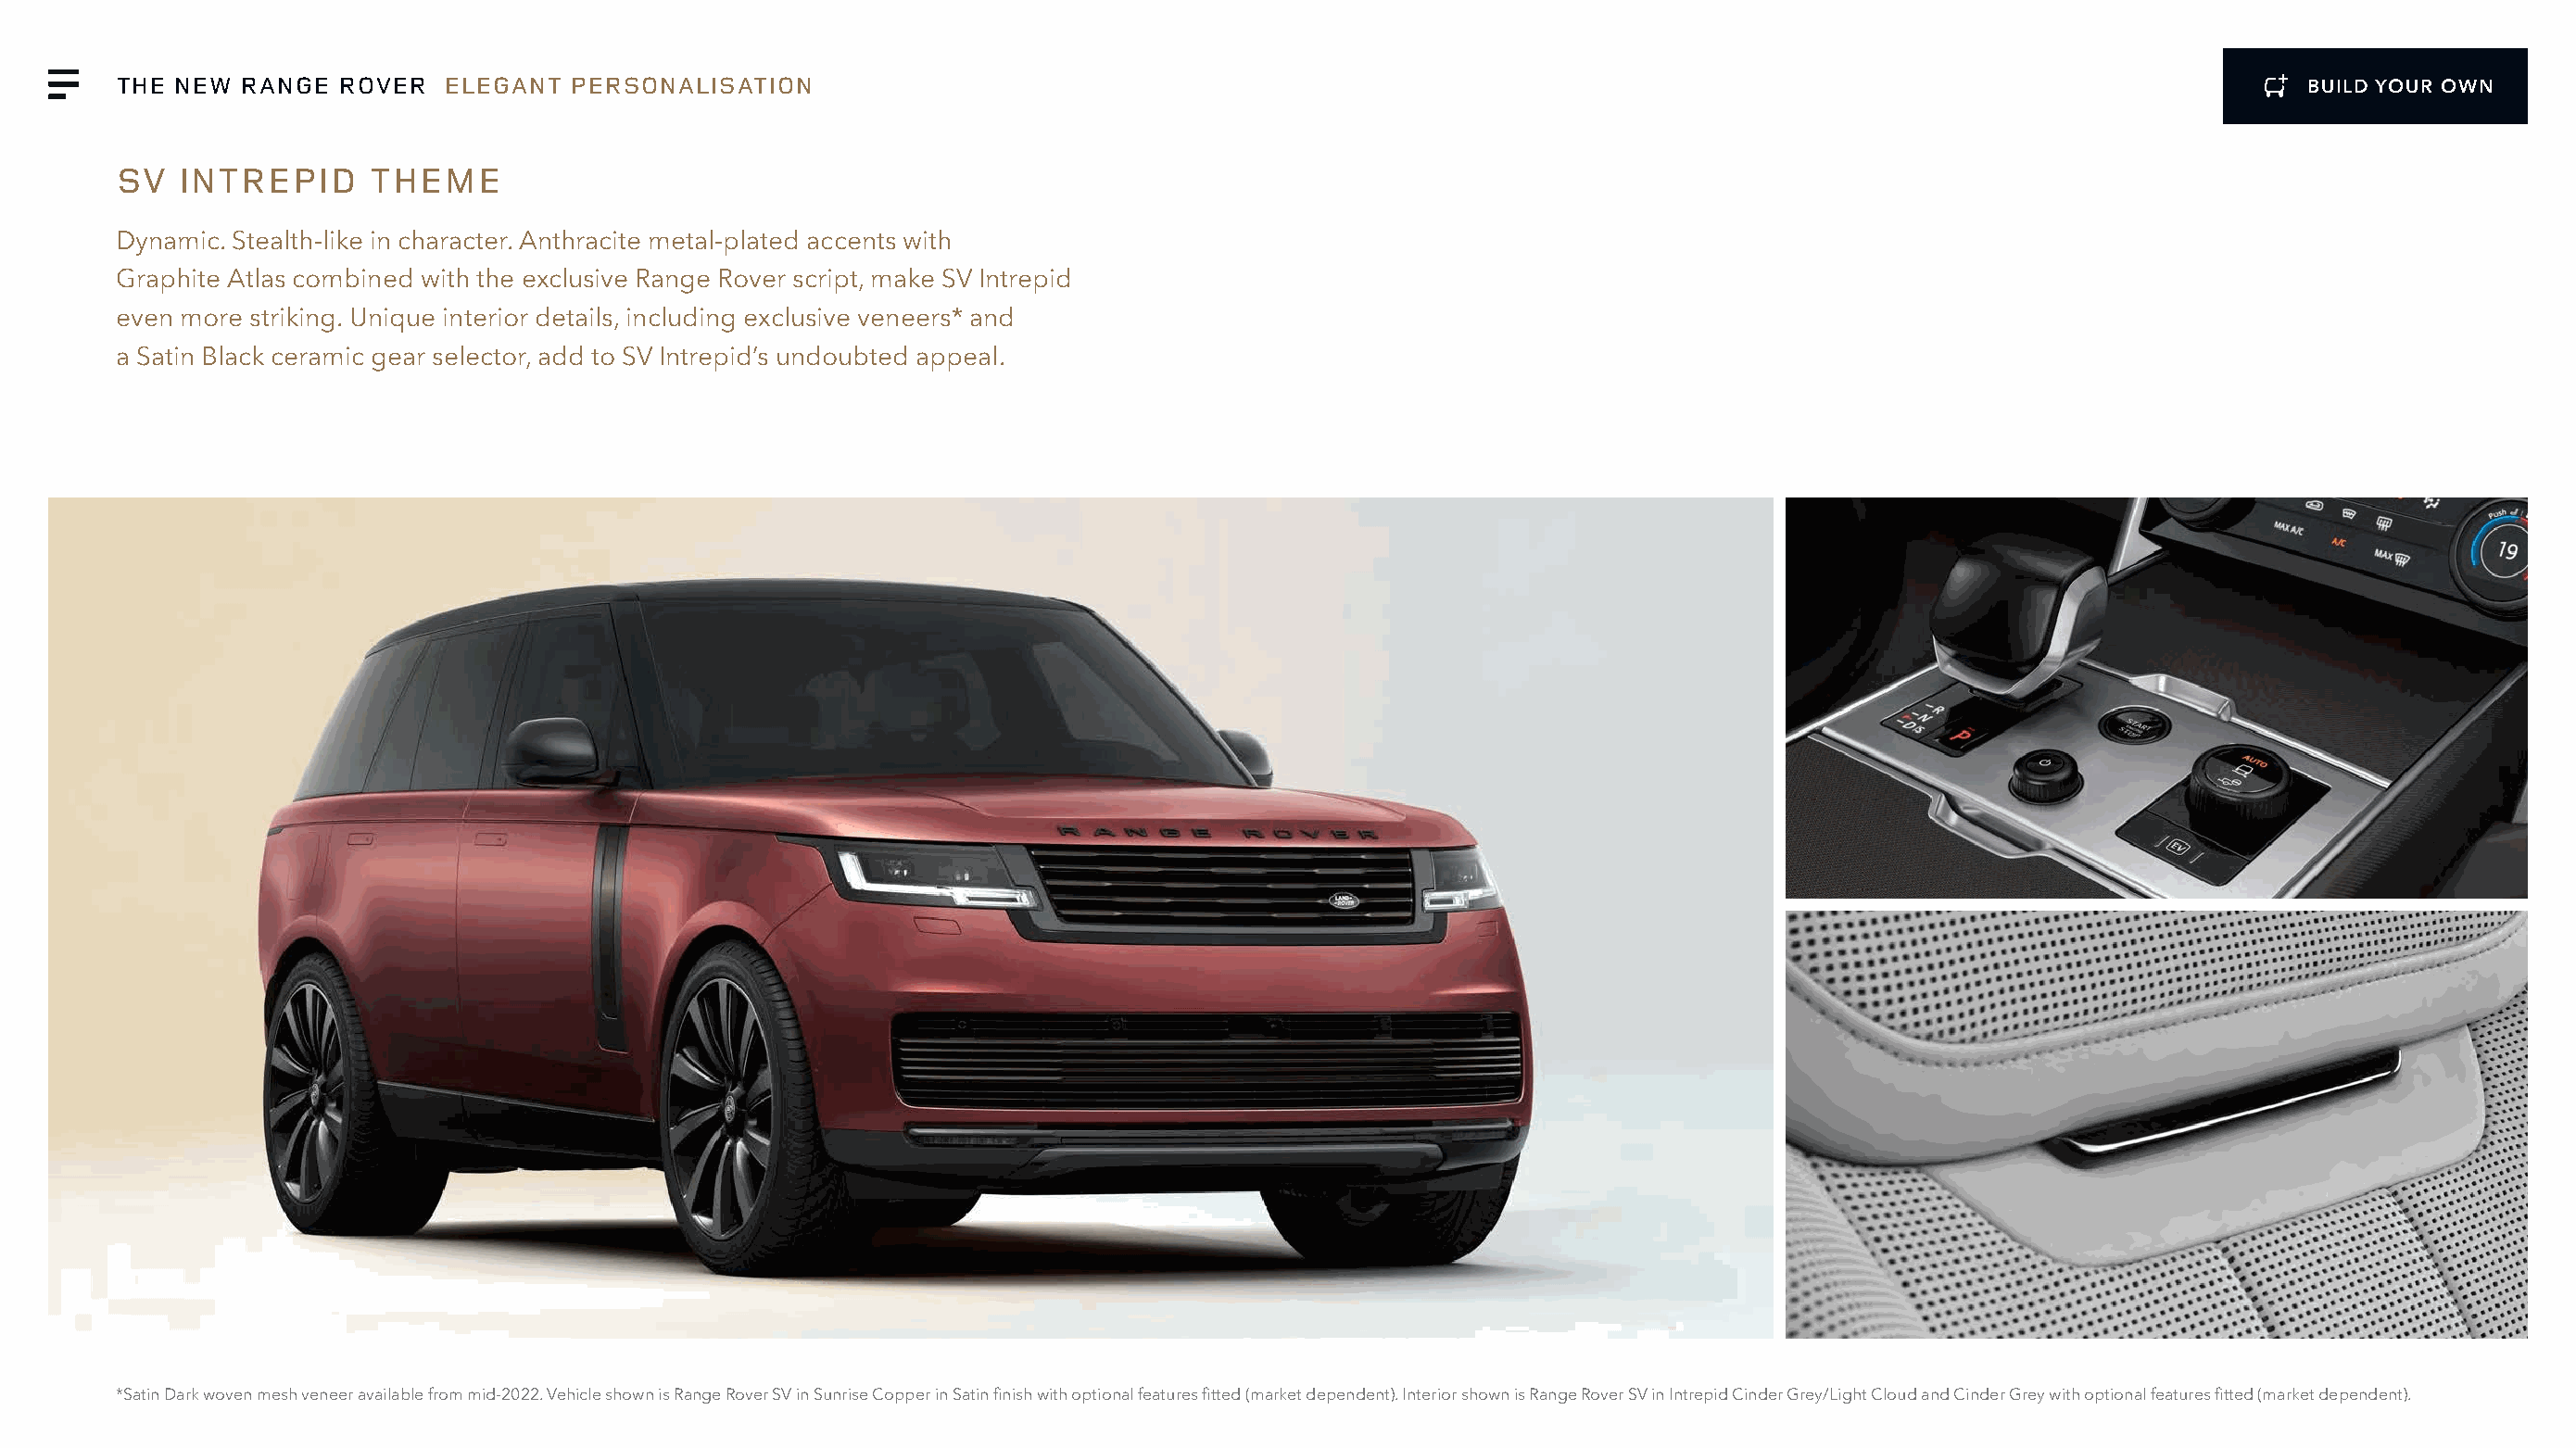
THE NEW  RANGE  ROVER   ELEGANT  PERSONALISATION                                                                                                             BUILD YOUR OWN
 SV   INTREPID     THEME
 Dynamic. Stealth-like in character. Anthracite metal-plated accents with
 Graphite Atlas combined with the exclusive Range Rover script, make SV Intrepid
 even more striking. Unique interior details, including exclusive veneers* and
 a Satin Black ceramic gear selector, add to SV Intrepid’s undoubted appeal.
 *Satin Dark woven mesh veneer available from mid-2022. Vehicle shown is Range Rover SV in Sunrise Copper in Satin finish with optional features fitted (market dependent). Interior shown is Range Rover SV in Intrepid Cinder Grey/Light Cloud and Cinder Grey with optional features fitted (market dependent).